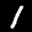
Label: 1